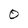
Character: O